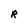
Character: R